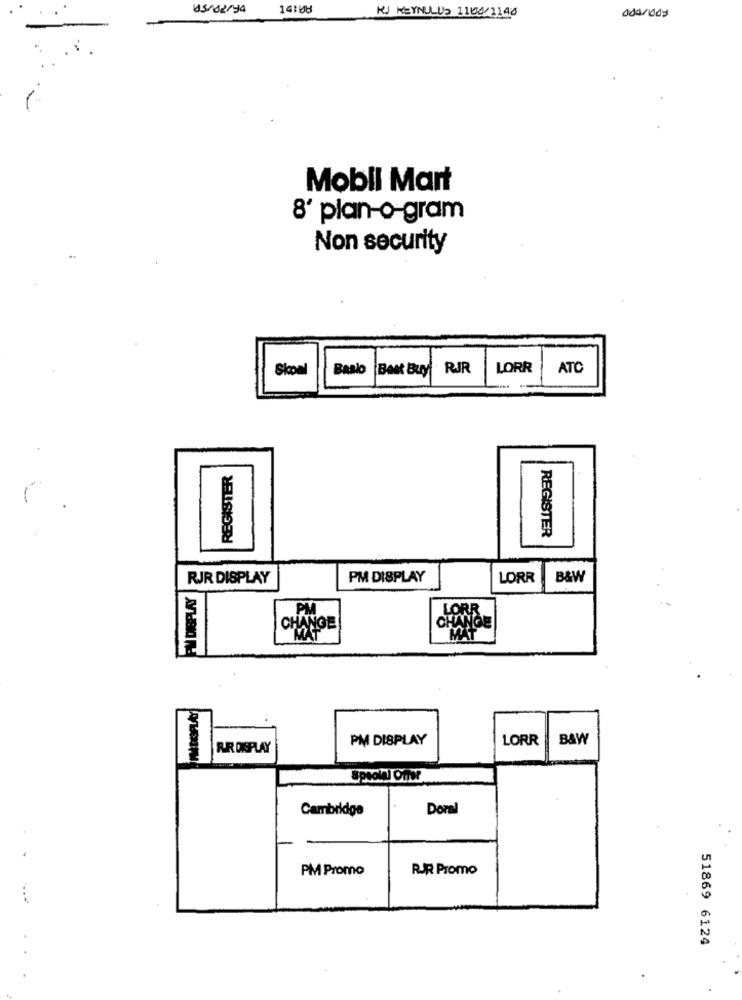
145/02/94
14:08
KJ KEYNULU5 1106/1140
Mobil Mart
8' plan-o-gram
Non security
Skoal
Baslo
Best Buy RJR
LORR
ATC
REGISTER
REGISTER
RJR DISPLAY
PM DISPLAY
LORR
B&W
FIM DISPLAY
PM
CHANGE
LORR
CHANGE
MAT
PM DISPLAY
LORR
B&W
FUROSPLAY
Cambridge
Doral
PM Promo
RJR Promo
51869 6124